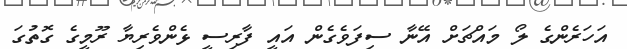
އަހަރެންގެ ލޯ މައްޗަށް އޭނާ ސިފަވެގެން އައީ ފާރިސީ ޅެންވެރިޔާ ރޫމީގެ ގޮތުގަ